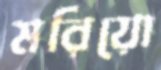
মরিয়ো